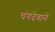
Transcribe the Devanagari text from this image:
चंगदेवाने